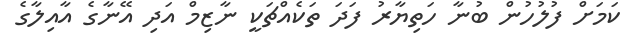
ކަމަށް ފުލުހުން ބުނާ ހަތިޔާރު ފަދަ ތަކެއްޗަކީ ނާޒިމް އަދި އޭނާގެ އާއިލާގެ